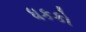
ધકકો